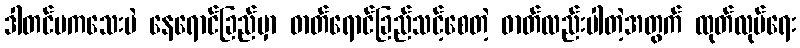
ဒါတင်မကသေးပဲ နေရောင်ခြည်မှာ ဓာတ်ရောင်ခြည်သင့်စေတဲ့ ဓာတ်လည်းပါတဲ့အတွက် ထုတ်လုပ်ရေး